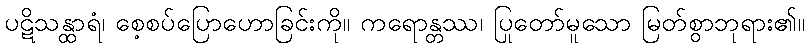
ပဋိသန္ထာရံ၊ စေ့စပ်ပြောဟောခြင်းကို။ ကရောန္တဿ၊ ပြုတော်မူသော မြတ်စွာဘုရား၏။